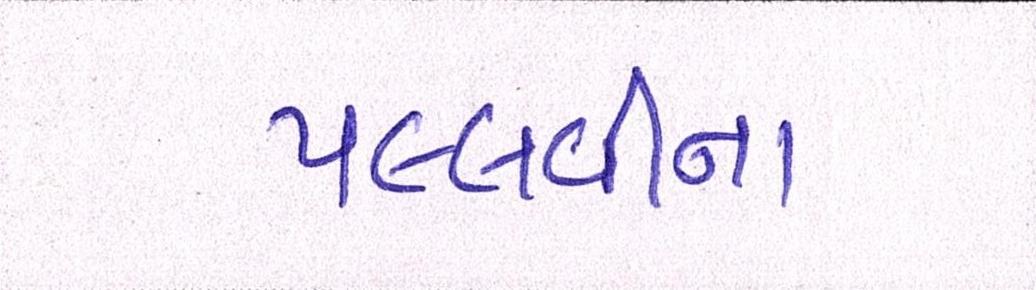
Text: પલ્લવીના